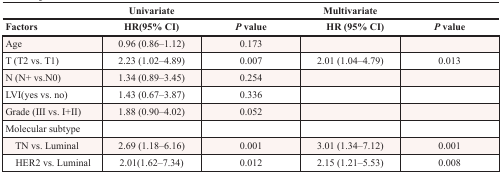
<table><thead><tr><td></td><td colspan="2"><b>Univariate</b></td><td colspan="2"><b>Multivariate</b></td></tr><tr><td><b>Factors</b></td><td><b>HR(95% CI)</b></td><td><b><i>P</i> value</b></td><td><b> HR (95% CI)</b></td><td><b><i>P</i> value</b></td></tr></thead><tbody><tr><td>Age</td><td>0.96 (0.86–1.12)</td><td>0.173</td><td></td><td></td></tr><tr><td>T (T2 vs. T1)</td><td>2.23 (1.02–4.89)</td><td>0.007</td><td>2.01 (1.04–4.79)</td><td>0.013</td></tr><tr><td>N (N+ vs.N0)</td><td>1.34 (0.89–3.45)</td><td>0.254</td><td></td><td></td></tr><tr><td>LVI(yes vs. no)</td><td>1.43 (0.67–3.87)</td><td>0.336</td><td></td><td></td></tr><tr><td>Grade (III vs. I+II)</td><td>1.88 (0.90–4.02)</td><td>0.052</td><td></td><td></td></tr><tr><td>Molecular subtype</td><td></td><td></td><td></td><td></td></tr><tr><td> TN vs. Luminal</td><td>2.69 (1.18–6.16)</td><td>0.001</td><td>3.01 (1.34–7.12)</td><td>0.001</td></tr><tr><td> HER2 vs. Luminal</td><td>2.01(1.62–7.34)</td><td>0.012</td><td>2.15 (1.21–5.53)</td><td>0.008</td></tr></tbody></table>